Annual statistical returns and brief notes on vaccination in Bengal - 1887-1898
Year: 1887
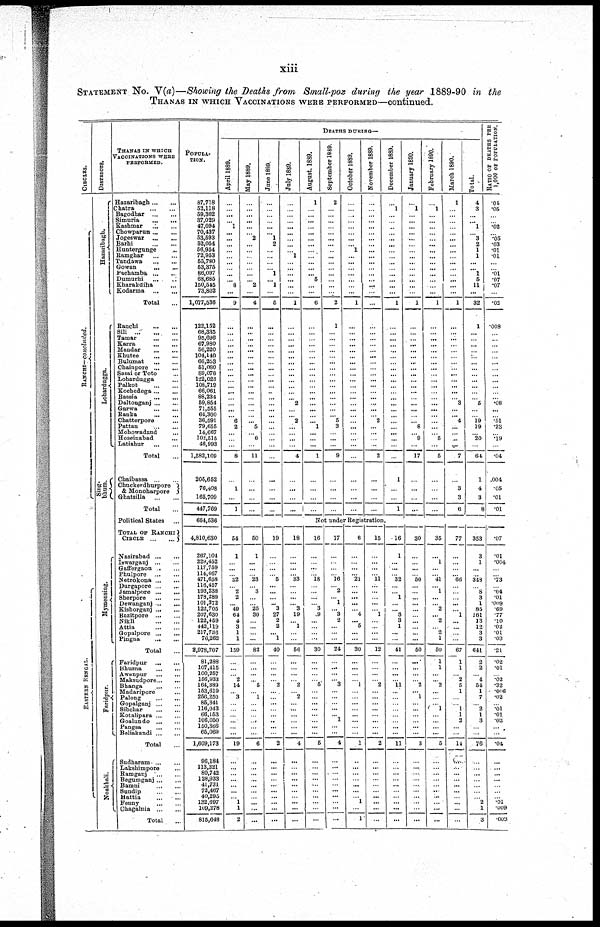
xiii
STATEMENT NO. V(a)—Showing the Deaths from Small-pox during the year 1889-90 in the
THANAS IN WHICH VACCINATIONS WERE PERFORMED—continued.
CIRCLES.
RANCHI—concluded.
E AS T E RN BENGAL.
DISTRICTS.
Hazaribagh.
Lohardugga.
Sing-
bhum.
My me n s
in
g .
Faridpur.
Noakhali.
THANAS IN WHICH
VACCINATIONS WERE
PERFORMED.
Hazaribagh...
...
Chatra...
...
Bagodhar...
...
Simuria...
...
Kashmar...
...
Chowparun...
...
Jogeswar...
...
Barhi...
...
Huntergunge... ...
Ramghar...
...
Tandawa...
...
Gowan...
...
Pachamba...
...
Dumurhi...
...
Kharakdiha... ...
Kodarma...
...
Total...
Ranchi...
...
Sili...
...
Tamar...
...
Karra
...
...
Mandar...
...
Khutee...
...
Bulumat...
...
Chainpore...
...
Sasai or Toto... ...
Lohardugga... ...
Palkot...
...
Kochedega... ...
Bassia...
...
Daltonganj...
...
Garwa...
...
Ranka...
...
Chatterpore... ...
Pattan...
...
Mohowadand... ...
Hoseinabad... ...
Latiahur...
...
Total...
Chaibassa...
...
Chuckerdhurpore
& Monoharpore
Ghatsilla...
...
Total...
Political States... ...
TOTAL OF RANCHI
CIRCLE...
...
Nasirabad...
...
Iswarganj...
...
Gaffergaon ... ...
Phulpore...
...
Netrokona...
...
Durgapore...
...
Jamalpore...
...
Sherpore...
...
Dewanganj...
...
Kishorganj...
...
Bazitpore...
...
Nikli...
...
Attia...
...
Gopalpore...
...
Pingna...
...
Total...
Faridpur...
...
Bhusna...
...
Awanpur...
...
Maksudpore...
...
Bhanga
...
...
Madaripore ...
Palong
...
...
Gopalganj...
...
Sibchar
...
...
Kotalipara...
...
Goalundo
...
...
Pangsa
...
...
Beliakandi...
...
Total ...
Sudharam...
...
Laksbimpore ...
Ramganj
...
...
Begumganj...
...
Bamni
...
...
Sundip
...
...
Battia
...
...
Fenny
...
...
Chagalnia
...
...
Total ...
POPULA-
----.
87,718
52,118
59,302
37,029
47,094
70,437
53,593
52,054
56,954
72,953
55,780
53,375
86,097
68,685
150,545
73,802
1,077,536
122,152
68,335
95,696
67,980
56,220
104,140
66,253
51,080
89,078
122,023
108,719
66,061
88,234
59,854
71,555
64,300
36,591
79,655
14,667
102,515
46,993
1,582,109
205,652
76,408
165,709
447,769
664,536
4,810,630
267,104
229,452
117,759
114,467
471,658
116,457
193,238
178,289
101,372
122,705
207,630
122,459
442,119
217,736
76,262
2,978,707
81,288
107,415
100,257
156,933
164,389
153,619
256,250
85,341
116,043
66,153
106,050
...
...
1,609,173
96,184
113,321 80,742
128,933
41,731
72,467
40,295
132,697
109,278
815,648
DEATHS DURING—
April 1889.
...
...
...
... 1
...
...
...
...
...
...
...
...
... 8
...
9
...
...
...
...
...
...
...
...
...
...
...
...
... ...
... ... 6
2
...
...
...
8
...
1
...
1
...
64
1
... ...
...
32
...
2
2
49
... 64
4
3
1
1
159
...
...
... 2
14
... 3
...
...
...
... ...
...
19
...
... ...
...
... ...
... 1
1
2
May 1889.
...
...
...
...
...
... 2
...
...
...
...
...
...
... 2
...
4
...
...
...
...
...
...
...
...
...
...
...
...
... ...
... ...
... 5
... 6
...
11
...
...
...
...
...
50
1
...
...
...
23
...
3
...
25
... 30
...
...
...
...
82
...
...
...
... 5
... 1
...
...
...
...
...
...
6
...
... ... ...
... ...
... ...
...
...
June 1889.
...
...
...
...
...
... 1
2
...
...
...
... 1
... 1
...
5
...
...
...
...
...
...
...
...
...
...
...
...
...
...
... ...
...
...
...
...
...
...
...
...
...
...
...
19
...
... ...
...
5
...
...
...
3
...
27
2
2
... 1
40
...
...
...
... 2
...
...
...
... ...
...
...
...
2
...
... ...
...
... ...
...
...
...
...
July 1889.
...
...
...
...
...
... ...
...
... 1
...
...
...
...
...
...
1
...
...
...
...
...
...
...
...
...
...
...
...
... 2
... ... 2
...
...
...
...
4
...
...
...
...
...
18
...
... ...
...
33
...
... ...
3
...
19
... 1
...
...
56
...
... ...
... 2
... 2
...
...
...
...
... ...
4
...
...
... ...
... ...
... ...
...
...
August. 1889.
1
...
...
...
...
...
...
...
...
...
...
...
... 5
...
...
6
...
...
...
...
...
...
...
...
...
...
...
...
... ...
... ...
... 1
...
...
...
1
...
...
...
...
September 1889.
2
...
...
...
...
...
...
...
...
...
...
...
...
...
...
...
2
1
...
...
...
...
...
...
...
...
...
...
...
... ...
... ... 5
3
...
...
...
9
...
...
...
...
October 1889.
...
...
...
...
...
...
...
... 1
...
...
...
...
...
...
...
1
...
...
......
...
...
...
...
...
...
...
...
...
... ...
... ...
...
...
...
...
...
...
...
...
...
...
November 1889.
...
...
...
...
...
...
...
...
...
...
...
...
...
...
...
...
...
...
...
...
...
...
...
...
...
...
...
...
...
... ...
...
... 2
...
...
...
...
2
...
...
...
...
December 1889.
...
1
...
...
...
...
...
...
...
...
...
...
...
...
...
...
1
...
...
...
...
...
...
...
...
...
...
...
...
... ...
... ...
...
...
...
...
...
...
1
...
...
1
Not under Registration.
16
...
... ...
...
18
...
...
...
3
... 9
...
...
...
...
30
...
...
...
... 5
...
... ...
...
...
... ...
...
5
...
... ...
...
... ... ...
...
...
...
17
...
... ...
...
16
...
2
... 1
... 3
2
... ...
...
24
...
...
...
... 3
...
...
...
... ...
...
...
...
4
...
... ...
...
... ...
...
...
...
...
6
...
... ...
...
21
...
... ...
...
... 4
... 5
...
...
30
...
...
...
... 1
...
...
...
...
...
...
...
...
1
...
... ...
... ...
...
... 1
...
1
15
...
... ...
...
11
...
...
...
...
... 1
...
... ...
...
12
...
... ...
... 2
... ...
...
...
...
...
... ...
2
...
... ...
...
... ... ...
...
...
...
16
1
... ...
...
32
...
1
...
...
... 3
3
1
...
...
41
...
... ...
... 11
...
...
...
...
...
... ...
...
11
...
... ...
... ...
...
... ...
...
...
January 1890.
...
1
...
...
...
...
...
...
...
...
...
...
...
...
...
...
1
...
...
...
...
...
...
...
...
...
...
...
...
... ...
... ...
... 8
... 9
...
17
...
...
...
...
30
...
... ...
...
50
...
...
... ...
...
... ...
... ...
...
50
...
...
...
... 2
... 1
...
...
...
... ...
...
3
...
... ...
...
... ...
...
...
...
...
February 1890.
...
1
...
...
...
...
...
...
...
...
...
...
...
...
...
...
1
...
...
...
...
...
...
...
...
...
...
...
...
... ...
... ...
...
...
... 5
...
5
...
...
...
...
...
35
...
1
...
...
41
...
1
...
2
...
... 2
... 2
1
50
1
1
... ... 2
...
... ... 1
...
...
...
...
5
...
... ...
...
... ...
...
... ...
...
March 1890.
1
...
...
...
...
...
...
...
...
...
...
...
...
...
...
...
1
...
...
...
...
...
...
...
...
...
...
...
...
... 3
...
... 4
...
... ...
...
7
...
3
3
6
...
77
...
...
...
...
66
...
...
... ...
... 1
...
...
...
...
67
1
1
... 2
5
1
...
... 1
1
...
...
...
14
...
... ...
... ...
...
... ...
...
Total.
4
3
...
... 1
... 3
2
1
1
...
... 1
5
11 1
32
1
...
...
...
...
...
...
...
...
...
...
...
... 5
... ... 19
19
... 20
...
64
1
4
3
8
...
353
3
1
...
...
348
...
8
3
1
85
161
13
12
3
3
641
2
2
... 4
54
1
7
... 2
1
3
...
...
76
...
... ...
...
... ...
... 2
1
3
RATIO OF DEATHS PER
1,000 OF POPULATION.
.01
.05
...
... .02
... .05
.03
.01
.01
...
... .01
.07
.07
...
.02
.008
...
...
...
...
...
...
...
...
...
...
...
... .08
... ... .51
.23
... .19
...
.04
.004
.05
.01
.01
...
.07
.01
.004
...
...
.73
...
.04
.01
.009
.69
.77
.10
.02
.01
.03
.21
.02
.01
... .02
.32
.006
.02
... .01
.01
.02
...
...
.04
...
... ... ...
... ...
... .01
.009
.003